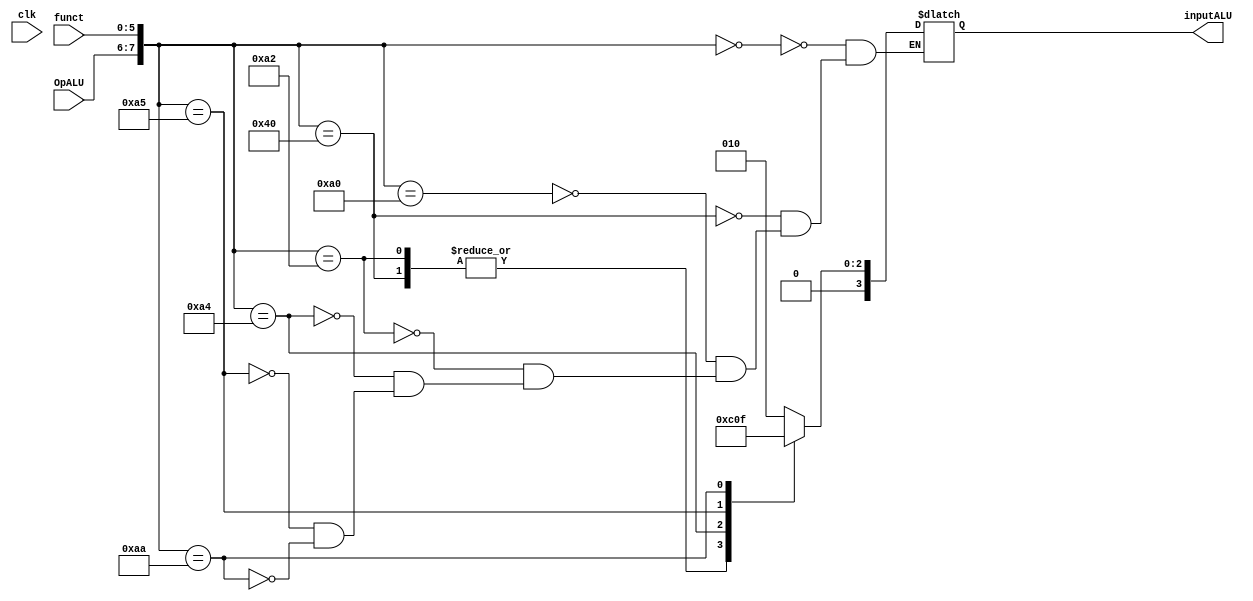
module ULAControl(input            clk,
									input      [0:1] OpALU,
									input      [0:5] funct,
									output reg [0:3] inputALU);

	always @ (*) begin
		case ({OpALU, funct})
			{2'b00,6'b000000}: inputALU <= 4'b0010; // LW / SW
			{2'b01,6'b000000}: inputALU <= 4'b0110; // BEQ
			{2'b10,6'b100000}: inputALU <= 4'b0010; // add
			{2'b10,6'b100010}: inputALU <= 4'b0110; // subtract
			{2'b10,6'b100100}: inputALU <= 4'b0000; // AND 
			{2'b10,6'b100101}: inputALU <= 4'b0001; // OR 
			{2'b10,6'b101010}: inputALU <= 4'b0111; // SLT
			default;
		endcase
	end
endmodule